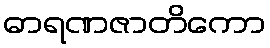
ဓာရဏဇာတိကော